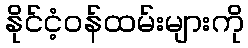
နိုင်ငံ့ဝန်ထမ်းများကို